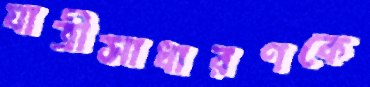
যাত্রীসাধারণকে